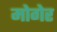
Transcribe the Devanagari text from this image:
मोगेर